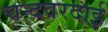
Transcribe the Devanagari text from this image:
चन्दवरदाई